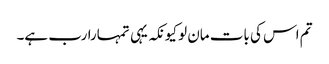
تم اس کی بات مان لو کیونکہ یہی تمہارا رب ہے۔